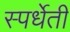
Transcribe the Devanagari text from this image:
स्पर्धेती